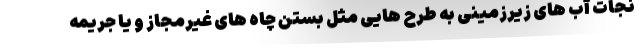
نجات آب های زیرزمینی به طرح هایی مثل بستن چاه های غیرمجاز و یا جریمه